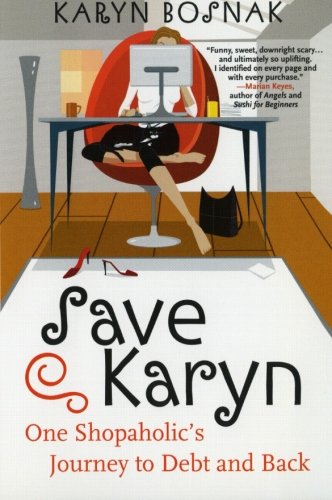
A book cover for Save Karyn: One Shopaholic's Journey to Debt and Back; Karyn Bosnak; Business & Money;